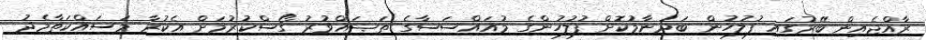
ރާއްޖެއިން ބޭރުގައި ފުލުހުން ބަދުނާމުކޮށް ފުލުހުންގެ މުއައްސަސާގެ ތަޞައްވުރު ގޯސްކުރުމަށް އެކުރާ މަސައްކަތާމެދު